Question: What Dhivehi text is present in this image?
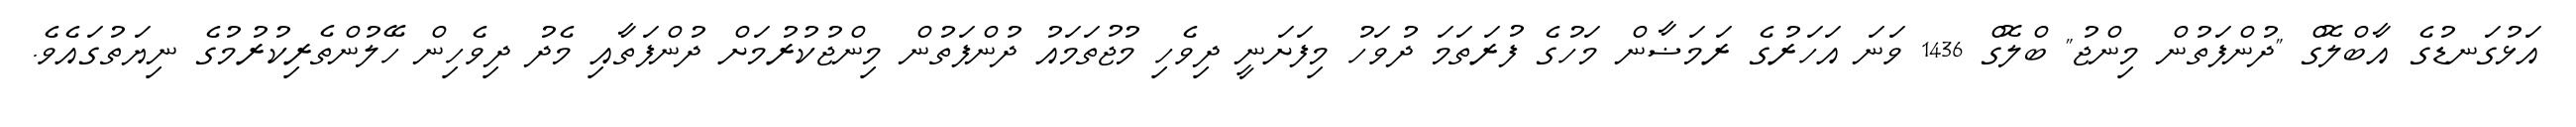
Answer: އަޅުގަނޑުގެ އާބްލޮގް "ދުންފަތުން މިންޖު" ބްލޮގް 1436 ވަނަ އަހަރުގެ ރަމަޟާން މަހުގެ ފުރަތަމަ ދުވަހު މިފަށަނީ ދިވެހި މުޖުތަމައު ދުންފަތުން މިންޖުކުރުމަށް ދުންފަތާއި މެދު ދިވެހިން ހޭލުންތެރިކުރުމުގެ ނިޔަތުގައެވެ.